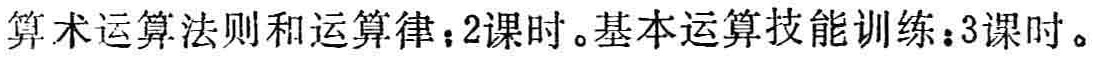
算术运算法则和运算律：2课时。基本运算技能训练：3课时。